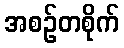
အစဉ်တစိုက်